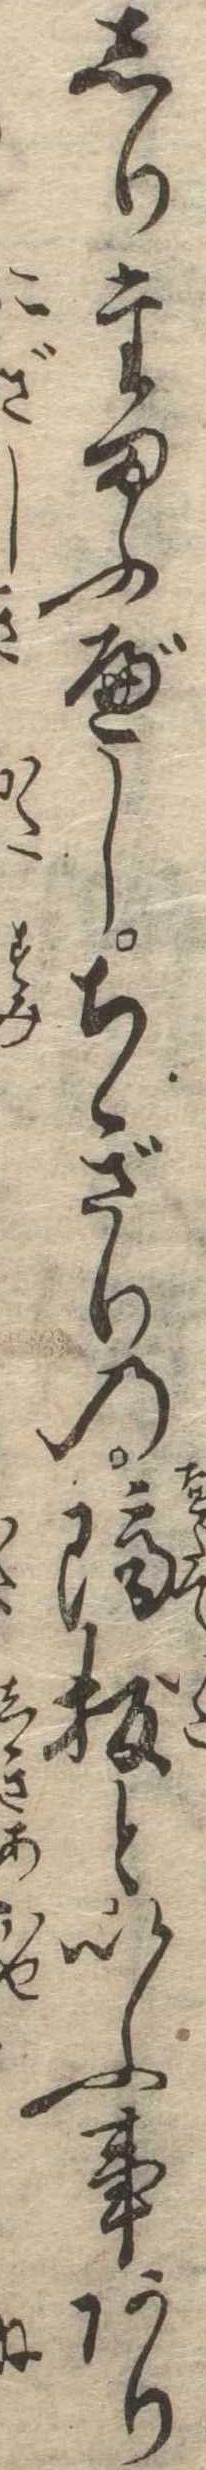
しりたまふべしちぎりの隔板といふ事あり